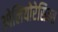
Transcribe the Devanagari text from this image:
ओलियोरेसिन्स